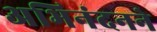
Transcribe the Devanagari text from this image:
अभिनंदनने